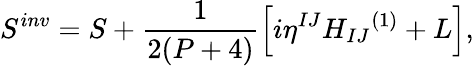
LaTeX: S^{inv}=S+\frac{1}{2(P+4)}\left[i{\eta}^{IJ}{H_{IJ}}^{(1)}+L\right],